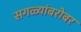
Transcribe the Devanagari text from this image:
सगळ्यांबरोबर